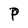
Character: P